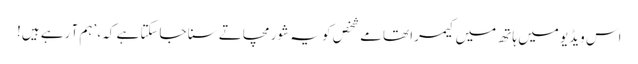
اس ویڈیو میں ہاتھ میں کیمرا تھامے شخص کو یہ شور مچاتے سنا جاسکتا ہے کہ، ’ہم آ رہے ہیں!